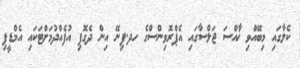
ކެލާގައި މިބޭއްވި ޚާއްސަ ޖަލްސާގައި އެޕްރޮވިންސްގެ ހދ.ފިނޭ އިން ދެގޮފި އުފެއްދުމަށްޓަކައި އެމްޑީޕި